system: You are a helpful assistant.
user:
Analyze the provided spectrum to determine if it is a **White Dwarf (WD)**.

A White Dwarf spectrum is defined by its **extreme purity** (due to gravitational settling) and/or **extreme pressure broadening** (due to high surface gravity). You must check for one of the following mutually exclusive signatures:

- **Key Visual Indicators (Check for ONE of these types):**

    - **1. DA-Type Signature (Most Common):**
        - **(Primary Feature):** Extreme pressure broadening (Stark broadening) of the **Hydrogen (H) Balmer lines**.
        - **(Key Lines):** $H\beta$ (approx. $4861$ Å) and $H\gamma$ (approx. $4340$ Å). $H\alpha$ (approx. $6563$ Å) will also be present if the wavelength range covers it.
        - **(Line Profile):** This is the **defining feature**. The lines are **NOT** sharp. They appear as massive, **extremely broad and deep "troughs" or "dips"** in the spectrum, often hundreds of Ångströms wide. The continuum will appear to "scoop" down at these wavelengths.
        - **(Distinction):** Normal A-type or B-type stars have *narrow* and *sharp* Hydrogen lines. A DA White Dwarf's lines are unmistakably "smeared" or "blurry" from pressure.

    - **2. DB-Type Signature:**
        - **(Primary Feature):** Broad absorption lines from **Neutral Helium (He I)**. The spectrum must lack any visible Hydrogen lines.
        - **(Key Lines):** Look for broad absorption near $4471$ Å, $4921$ Å, and $5876$ Å.
        - **(Line Profile):** These lines are also significantly pressure-broadened, appearing much wider than they would in a normal B-type main-sequence star.

    - **3. DC-Type Signature:**
        - **(Primary Feature):** A **featureless continuous spectrum**.
        - **(Line Profile):** The spectrum is a smooth curve with **no significant absorption or emission lines**.
        - **(Key Confirmation):** The continuum is almost always **blue or white**, indicating a hot object. This signature implies the atmosphere is so pure (or so cool) that no spectral lines are visible in the optical range. Its WD identity is confirmed by its extremely low intrinsic brightness (high absolute magnitude).

    - **4. DZ-Type Signature (Metal-Polluted):**
        - **(Primary Feature):** **Isolated, narrow metal absorption lines** on an otherwise featureless (DC-like) continuum.
        - **(Key Lines):** The **Calcium (Ca II) H & K doublet** (approx. **$3934$ Å** and **$3968$ Å**) is the most common and defining feature.
        - **(Line Profile):** These lines are "out of place." They are *not* part of a "forest" of thousands of lines. This signature is evidence of recent *accretion* (pollution) from rocky debris.
        - **(Distinction):** Normal G/K/M stars have a *dense forest* of thousands of metal lines. A DZ has a *clean* continuum with *only a few* strong metal lines.

    - **5. DQ-Type Signature (Carbon-Polluted):**
        - **(Primary Feature):** Absorption bands from **Carbon (C₂ "Swan Bands" or atomic C I)**.
        - **(Key Lines - C₂):** Look for bandheads with a "saw-tooth" shape near $5635$ Å, **$5165$ Å** (strongest), and $4737$ Å.
        - **(Key Confirmation):** The underlying **continuum must be blue or white** (hot).
        - **(Distinction):** This is the critical difference from a **Carbon Star**, which has the *exact same* C₂ bands but on an extremely **red, cool** continuum.

- **(Overall Spectrum):**
    - The continuum (overall shape) is typically **blue-sloping** (brighter in the blue than the red), as most white dwarfs are very hot.
    - The spectrum will look "pure" or "simple," dominated by only *one* of the five signatures listed above.

Think first, call **spectral_visualization_tool** if needed to examine features in detail, then provide your final answer. Your response must adhere to the following strict rules:
1.  **Overall Structure:** Your response must follow the format `<think>...</think> <tool_call>...</tool_call> (if a tool is used) <answer>...</answer>`.
2.  **Tool Usage Constraint:** You may only make **one** tool call per turn.
3.  **Final Answer Format:** In the `<answer>` tag, your conclusion must be inside a `\boxed{}` command (e.g., `\boxed{YES}` or `\boxed{NO}`), followed by your justification.

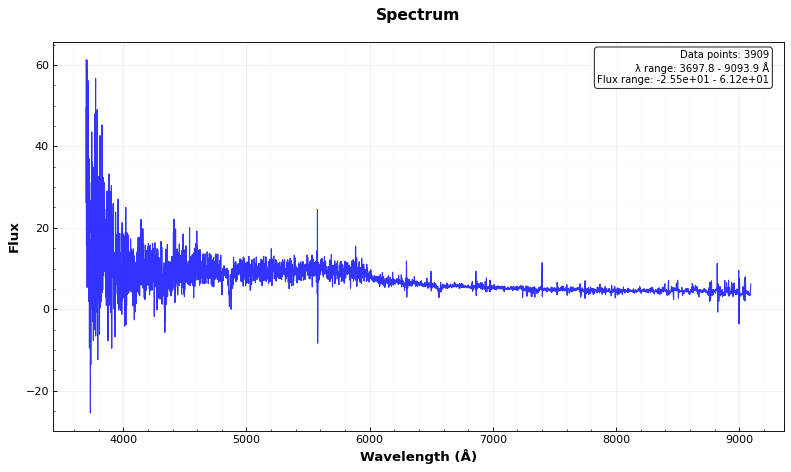
Answer: YES